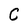
Character: C